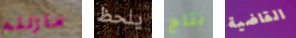
مازلتم يلحظ نتاج القاضية